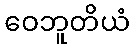
ဝေဘူတိယံ